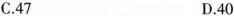
C.47 D.40